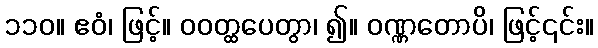
၁၁၀။ ဧဝံ၊ ဖြင့်။ ဝဝတ္ထပေတွာ၊ ၍။ ဝဏ္ဏတောပိ၊ ဖြင့်၎င်း။